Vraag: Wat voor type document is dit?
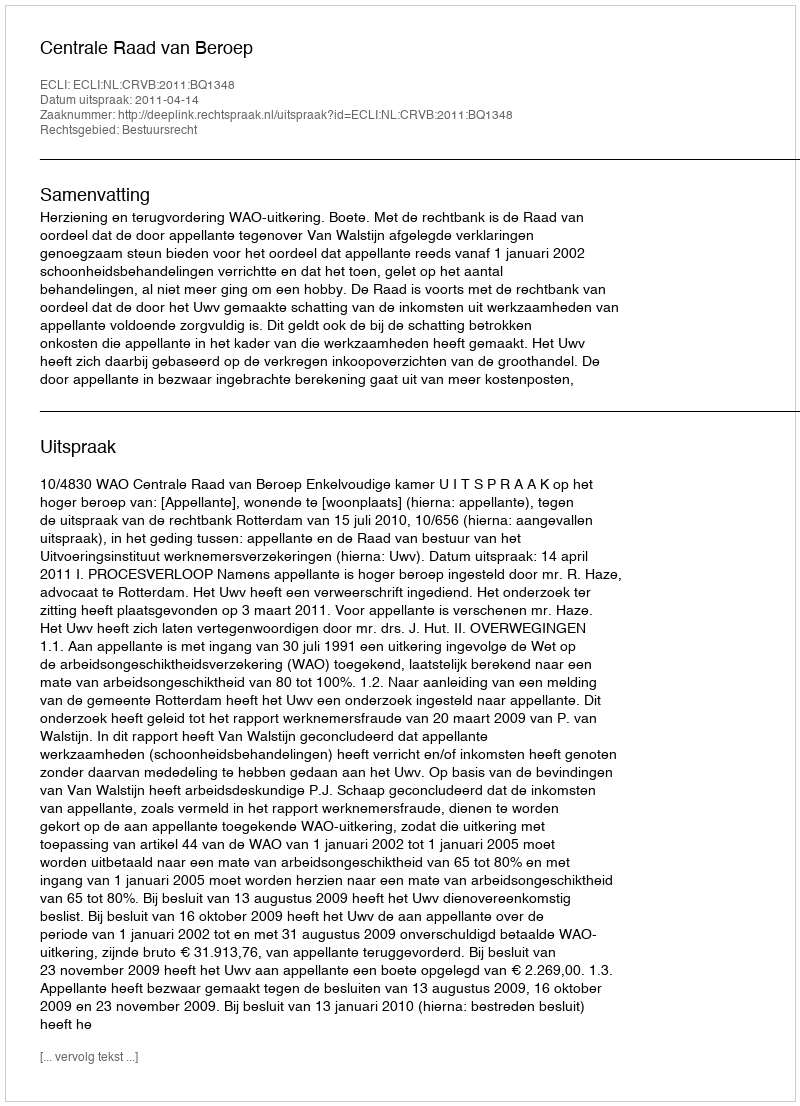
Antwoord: Uitspraak